Report on the working of the Ranchi Indian Mental Hospital, Kanke, in Bihar and Orissa - 1930-1940
Year: 1930
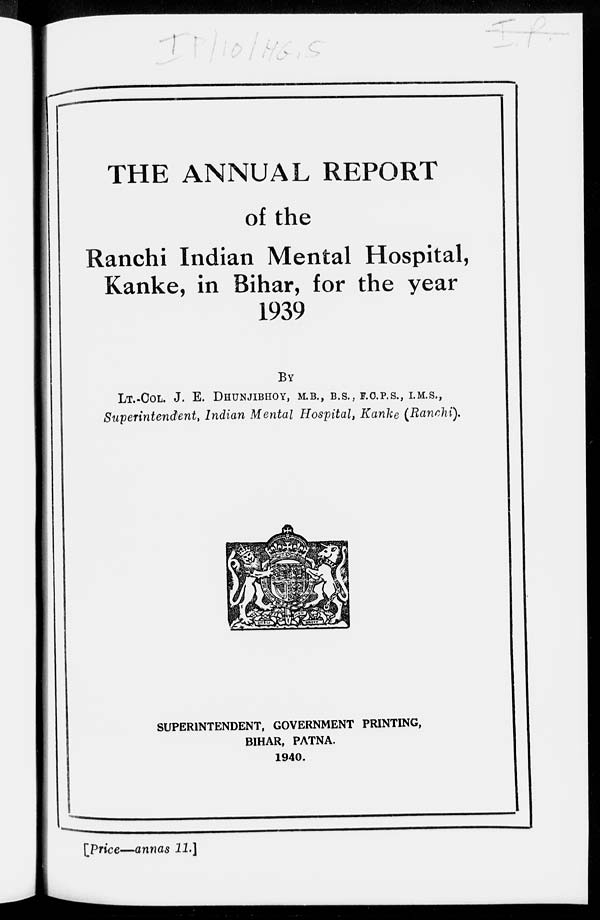
THE ANNUAL REPORT
of the
Ranchi Indian Mental Hospital,
Kanke, in Bihar, for the year
1939
BY
LT.-COL. J. E. DHUNJIBHOY, M.B., B.S., F.C.P.S., I.M.S.,
Superintendent, Indian Mental Hospital, Kanke (Ranchi).
SUPERINTENDENT, GOVERNMENT PRINTING,
BIHAR, PATNA.
1940.
[Price—annas 11.]